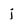
Character: j